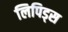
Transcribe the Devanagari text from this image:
लिपिड्स